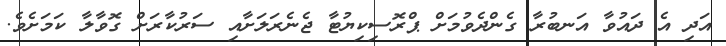
އަދި އެ ދައުވާ އަނބުރާ ގެންދެވުމަށް ޕްރޮސިކިޔުޓާ ޖެނެރަލަށާއި ސަރުކާރަށް ގޮވާލާ ކަމަށެވެ.